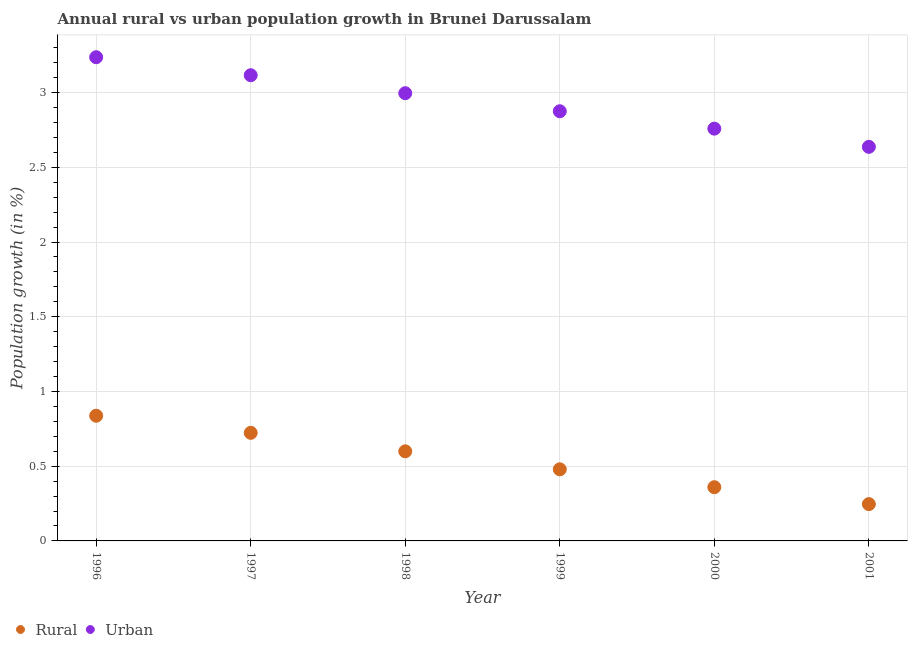
| Year | Rural | Urban  |
 | --- | --- | --- |
 | 1996 | 0.838 | 3.24 |
 | 1997 | 0.723 | 3.12 |
 | 1998 | 0.6 | 3 |
 | 1999 | 0.479 | 2.87 |
 | 2000 | 0.359 | 2.76 |
 | 2001 | 0.246 | 2.64 |